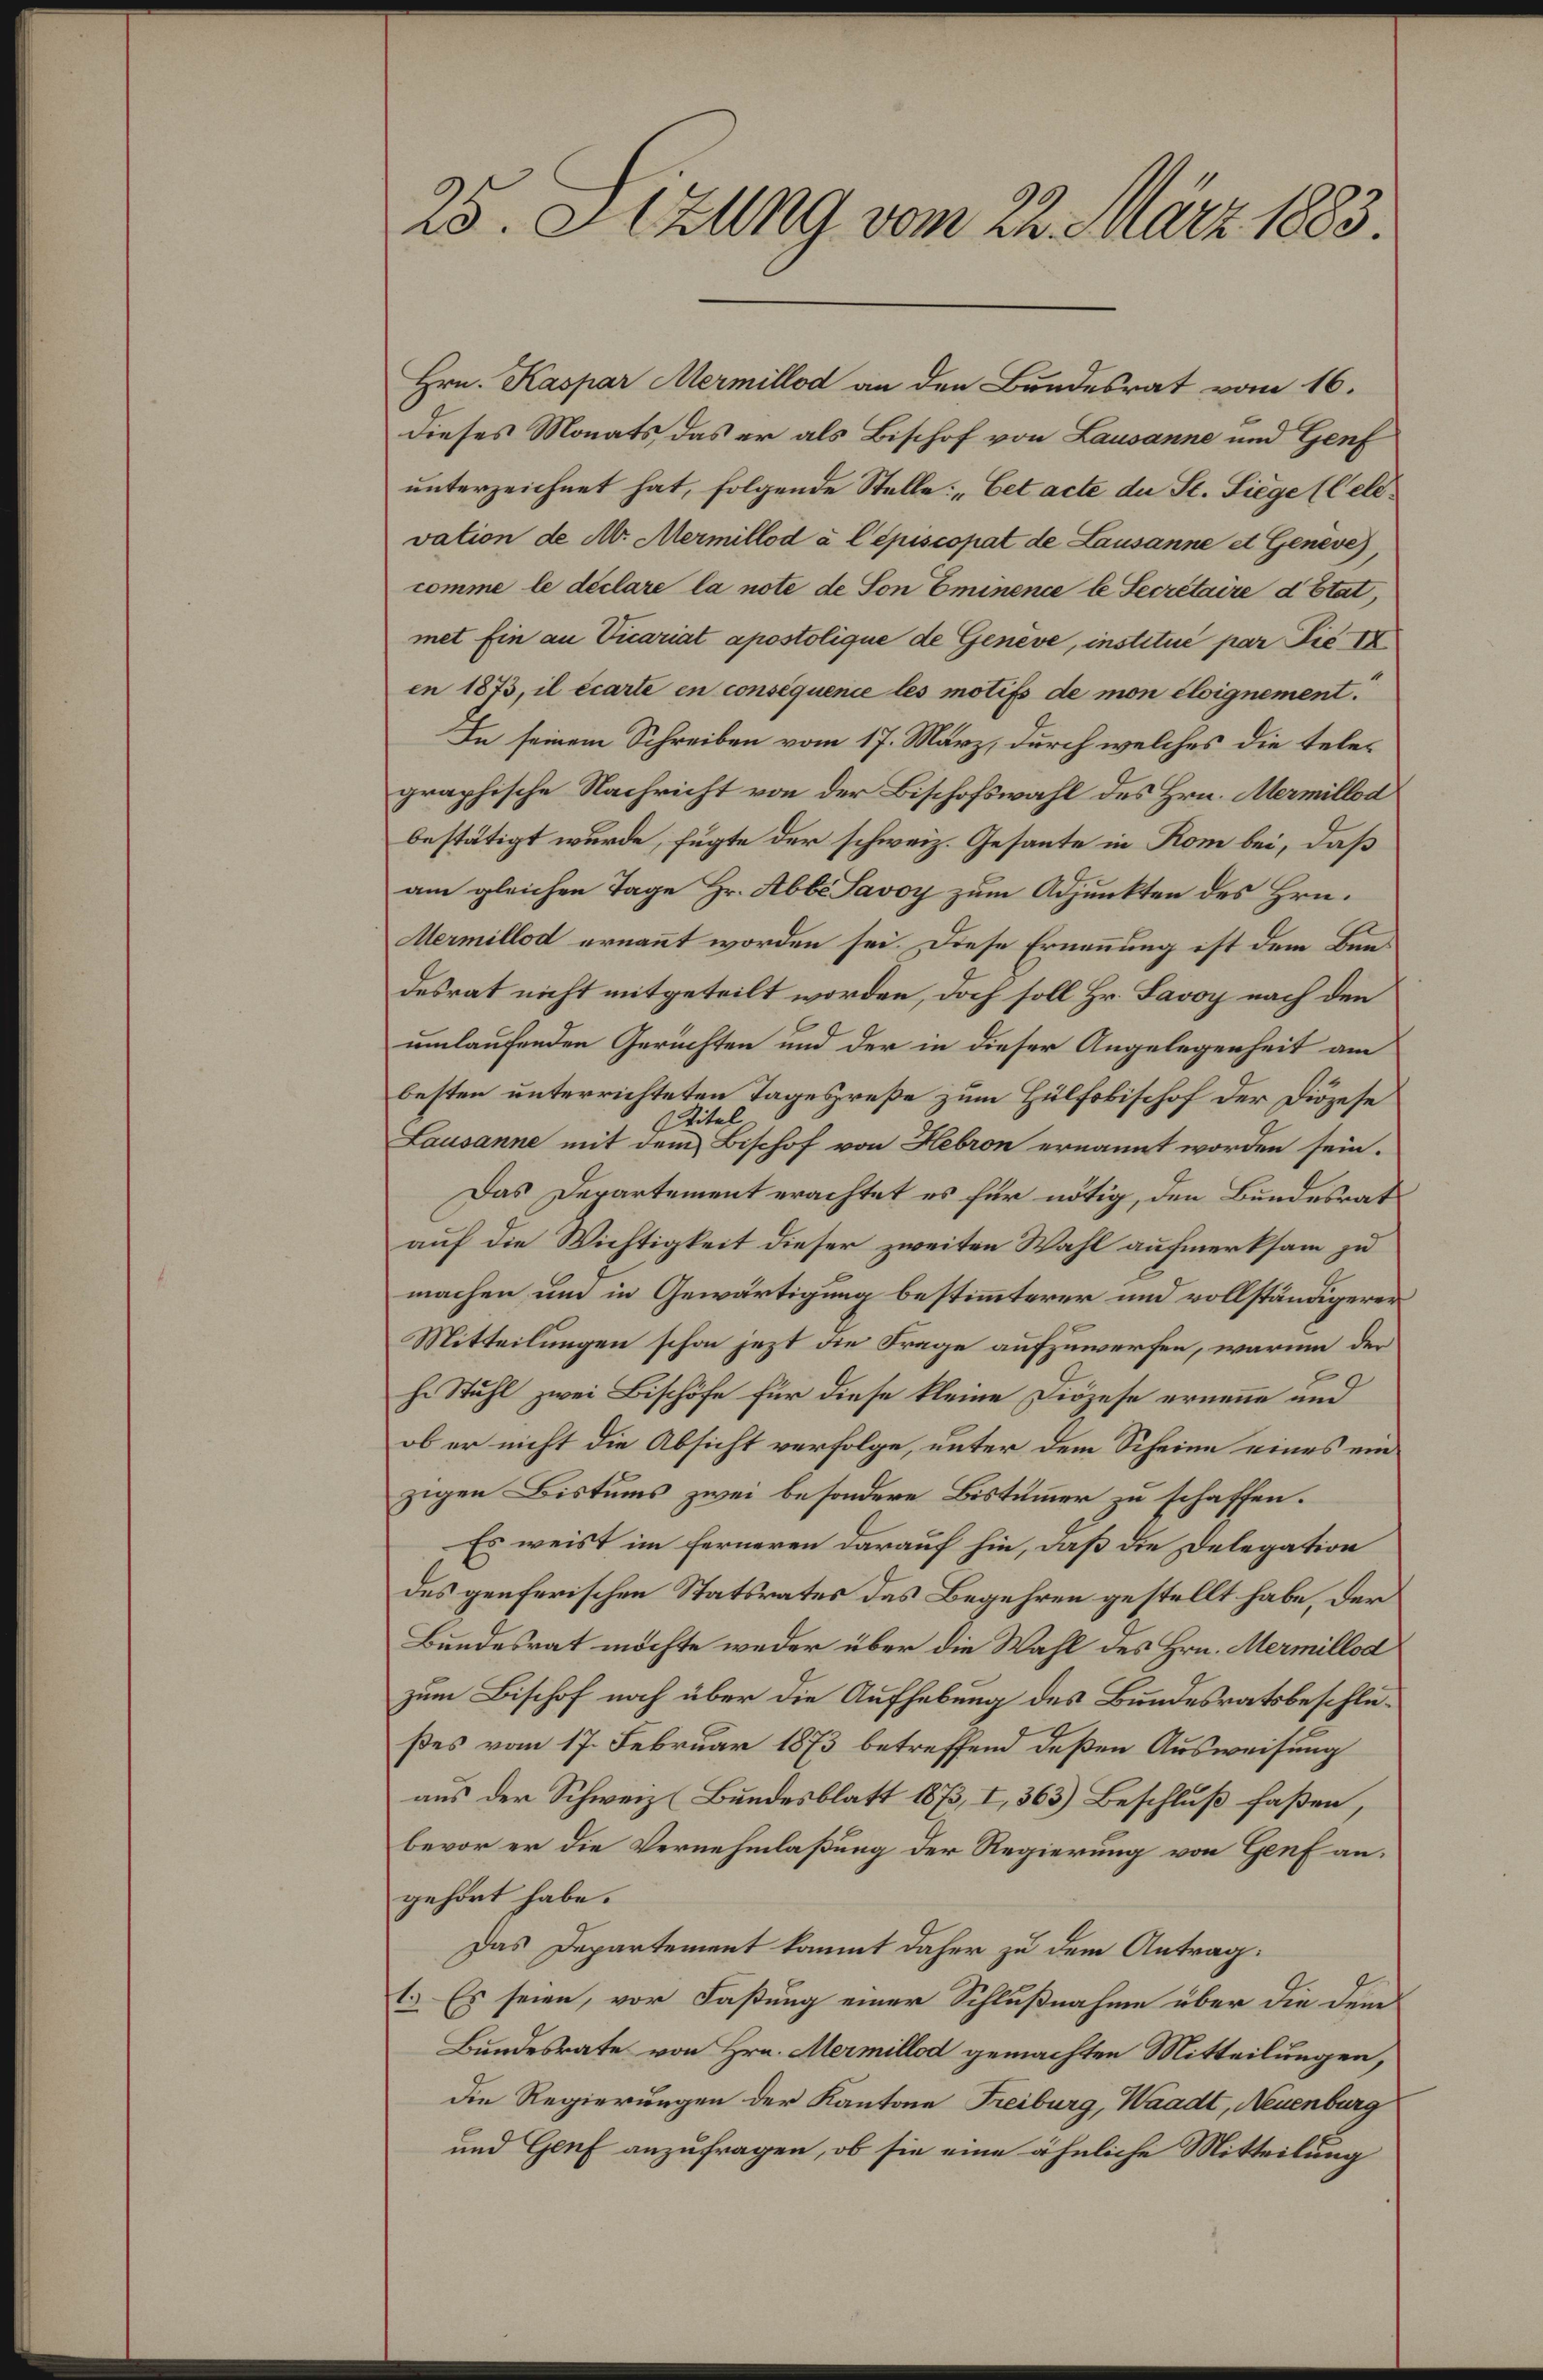
25. Sizung vom 22. März 1883.
Hrn. Kaspar Mermillod an den Bundesrat vom 16.
dieses Monats, das er als Bischof von Lausanne und Genf
unterzeichnet hat, folgende Stelle: "Cet acte du St. Siège (l'elé¬
vation de Mr. Mermillod à l'épiscopat de Lausanne et Genève),
comme le déclare la note de Son Eminence le Secrétaire d'Etat,
met fin au Vicariat apostolique de Genève, institué par Pié IX
en 1873, il écarte en conséquence les motifs de mon éloignement."
In seinem Schreiben vom 17. März, durch welches die tele¬
graphische Nachricht von der Bischofswahl des Hrn. Mermillod
bestätigt wurde, fügte der schweiz. Gesante in Rom bei, daß
am gleichen Tage Hr. Abbé Savoy zum Adjunkten des Hrn.
Mermillod ernannt worden sei. Diese Ernen̄ung ist dem Bun¬
desrat nicht mitgeteilt worden, doch soll Hr. Savoy nach den
umlaufenden Gerüchten und der in dieser Angelegenheit am
besten unterrichteten Tagespreße zum Hülfsbischof der Diözese
Lausanne mit dem
Titel
Bischof von Hebron ernannt worden sein.
Das Departement erachtet es für nötig, den Bundesrat
auf die Wichtigkeit dieser zweiten Wahl aufmerksam zu
machen und in Gewärtigung bestim̄terer und vollständigerer
Mitteilungen schon jezt die Frage aufzuwerfen, warum der
h. Stuhl zwei Bischöfe für diese kleine Diözese ernen̄e und
pb er nicht die Absicht verfolge, unter dem Scheine eines ein¬
zigen Bistums zwei besondere Bistüm̄er zu schaffen.
Es weist im ferneren darauf hin, daß die Delegation
des genferischen Statsrates das Begehren gestellt habe, der
Bundesrat möchte weder über die Wahl des Hrn. Mermillod
zum Bischof noch über die Aufhebung des Bundesratsbeschlu¬
ßes vom 17. Februar 1873 betreffend deßen Ausweisung
aus der Schweiz (Bundesblatt 1873, I, 363) Beschluß faßen,
bevor er die Vernehmlaßung der Regierung von Genf an¬
gehört habe.
Das Departement kommt daher zu dem Antrag:
1.) Es seien, vor Faßung einer Schlußnahme über die dem
Bundesrate von Hrn. Mermillod gemachten Mitteilungen,
die Regierungen der Kantone Freiburg, Waadt, Neuenburg
und Genf anzufragen, ob sie eine ähnliche Mitteilung